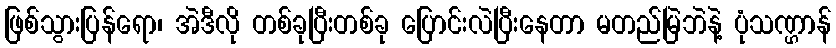
ဖြစ်သွားပြန်ရော၊ အဲဒီလို တစ်ခုပြီးတစ်ခု ပြောင်းလဲပြီးနေတာ မတည်မြဲဘဲနဲ့ ပုံသဏ္ဌာန်